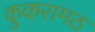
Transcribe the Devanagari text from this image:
कुकरामठ